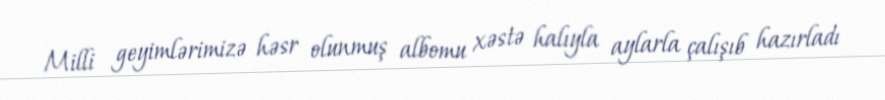
Milli geyimlərimizə həsr olunmuş albomu xəstə halıyla aylarla çalışıb hazırladı